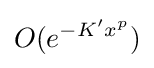
O(e^{-K'x^{p}})